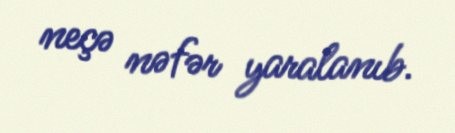
neçə nəfər yaralanıb.